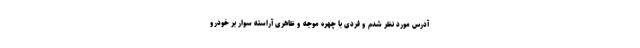
آدرس مورد نظر شدم و فردی با چهره موجه و ظاهری آراسته سوار بر خودرو